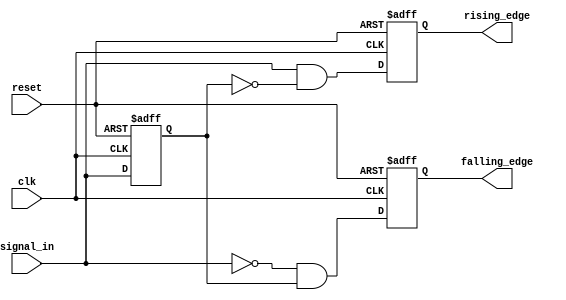
module dual_edge_detector (
    input wire clk,             // Clock signal
    input wire reset,           // Asynchronous reset signal
    input wire signal_in,       // Input signal to detect edges
    output reg rising_edge,     // Output signal for rising edge detection
    output reg falling_edge      // Output signal for falling edge detection
);

    // State memory to hold the previous value of the input signal
    reg previous_state;

    // Always block to detect edges on clock rising edge
    always @(posedge clk or posedge reset) begin
        if (reset) begin
            // Reset the previous state and outputs
            previous_state <= 1'b0;
            rising_edge <= 1'b0;
            falling_edge <= 1'b0;
        end else begin
            // Edge detection logic
            rising_edge <= (signal_in == 1'b1) && (previous_state == 1'b0);
            falling_edge <= (signal_in == 1'b0) && (previous_state == 1'b1);

            // Update previous state for next clock cycle
            previous_state <= signal_in;
        end
    end

endmodule